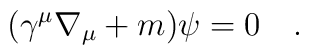
(\gamma^\mu\nabla_\mu+m)\psi=0~~~.